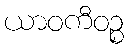
ယာဝကီဝဉ္စ